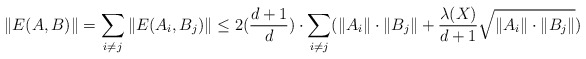
\begin{align*} \|E(A,B)\| = \sum_{i \ne j} \|E(A_i,B_j)\| \leq 2(\frac{d+1}{d})\cdot \sum_{i \ne j} (\|A_i\| \cdot \|B_j\| + \frac{\lambda(X)}{d+1}\sqrt{\|A_i\| \cdot \|B_j\|})\end{align*}